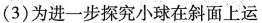
(3)为进一步探究小球在斜面上运